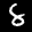
Label: 8